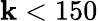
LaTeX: \mathbf{k}<150